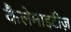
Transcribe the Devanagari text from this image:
कैलेमाइटीज़